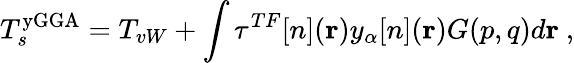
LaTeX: T_{s}^{\mathrm{yGGA}}=T_{vW}+\int\tau^{TF}[n](\mathbf{r})y_{\alpha}[n](\mathbf{r})G(p,q)d\mathbf{r}\ ,